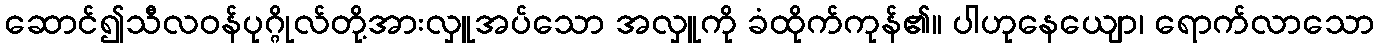
ဆောင်၍သီလဝန်ပုဂ္ဂိုလ်တို့အားလှူအပ်သော အလှူကို ခံထိုက်ကုန်၏။ ပါဟုနေယျော၊ ရောက်လာသော